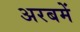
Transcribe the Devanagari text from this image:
अरबमें